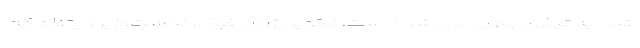
اتحادیه تجاری جهان بدل شده است. نگوین ژوان فوک، نخست‌وزیر ویتنام که